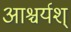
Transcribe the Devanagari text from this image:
आश्चर्यश्